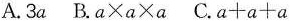
A.3a B.$$a \times a \times a$$ C.$$a+a+a$$